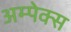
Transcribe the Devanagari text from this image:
अम्पेक्स